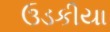
ઉડકીયા